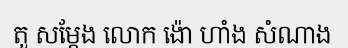
តួ សម្តែង លោក ង៉ោ ហាំង សំណាង